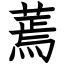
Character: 蔫